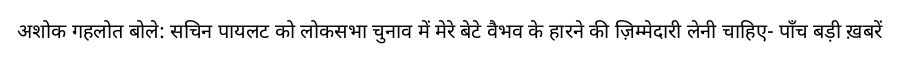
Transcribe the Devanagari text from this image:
अशोक गहलोत बोले: सचिन पायलट को लोकसभा चुनाव में मेरे बेटे वैभव के हारने की ज़िम्मेदारी लेनी चाहिए- पाँच बड़ी ख़बरें